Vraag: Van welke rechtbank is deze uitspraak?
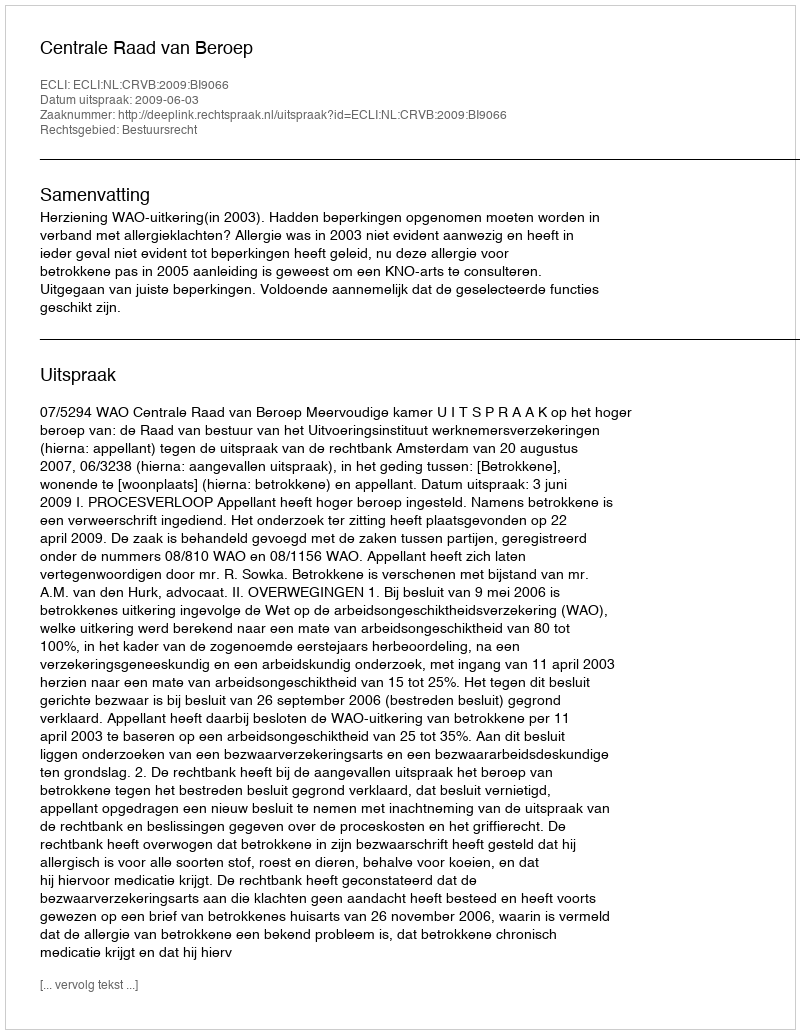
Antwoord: Centrale Raad van Beroep